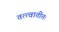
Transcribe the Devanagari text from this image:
तत्त्वातीतः